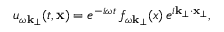
u _ { \omega \bf k _ { \perp } } ( t , { \bf x } ) = e ^ { - i \omega t } \, f _ { \omega { \bf k } _ { \perp } } ( x ) \, e ^ { i { \bf k } _ { \perp } \cdot { \bf x } _ { \perp } } ,